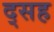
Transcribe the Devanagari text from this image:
द्सह